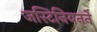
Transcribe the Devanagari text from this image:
जस्टिनियनने